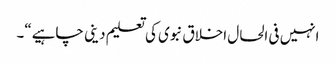
انہیں فی الحال اخلاق نبوی کی تعلیم دینی چاہیے“۔